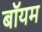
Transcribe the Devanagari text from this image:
बॉयम